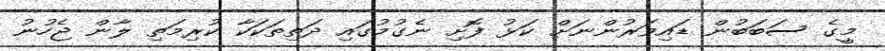
މީގެ ސަބަބުން ޑައިވަރުންނަށް ކަޅު ފޮށި ނެގުމުގައި ދަތިތަކަކާ ކުރިމަތި ލާން ޖެހުނު